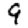
Digit: 9